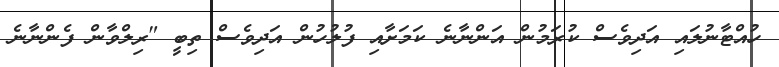
ހުއްޓާނުލައި އަދިވެސް ކުރަމުން އަންނާނެ ކަމަށާއި ފުލުހުން އަދިވެސް ތިބީ "ރިލްވާން ފެންނާނެ